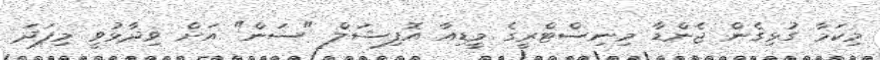
މިކަމާ ގުޅިގެން ޖެންޑާ މިނިސްޓްރީގެ މީޑިއާ އޮފިޝަލް "ސަން" އަށް ވިދާޅުވީ މިފަދަ